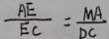
\frac { A E } { E C } = \frac { M A } { D C }